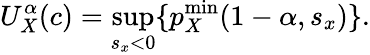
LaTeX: U_{X}^{\alpha}(c)=\operatorname*{sup}_{s_{x}<0}\{ p_{X}^{\mathrm{min}}(1-\alpha,s_{x})\} .